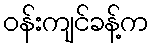
ဝန်းကျင်ခန့်က